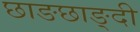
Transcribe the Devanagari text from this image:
छाङछाङ्दी